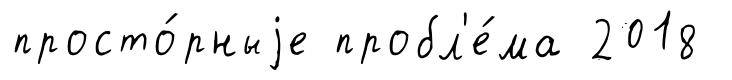
просто́рныjе пробл'е́ма 2018